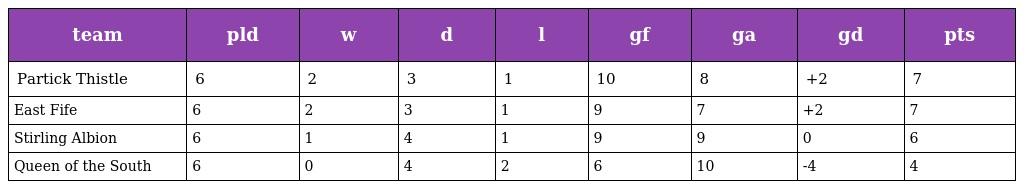
| team | pld | w | d | l | gf | ga | gd | pts |
 | --- | --- | --- | --- | --- | --- | --- | --- | --- |
 | Partick Thistle | 6 | 2 | 3 | 1 | 10 | 8 | +2 | 7 |
 | East Fife | 6 | 2 | 3 | 1 | 9 | 7 | +2 | 7 |
 | Stirling Albion | 6 | 1 | 4 | 1 | 9 | 9 | 0 | 6 |
 | Queen of the South | 6 | 0 | 4 | 2 | 6 | 10 | -4 | 4 |